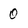
Character: 0